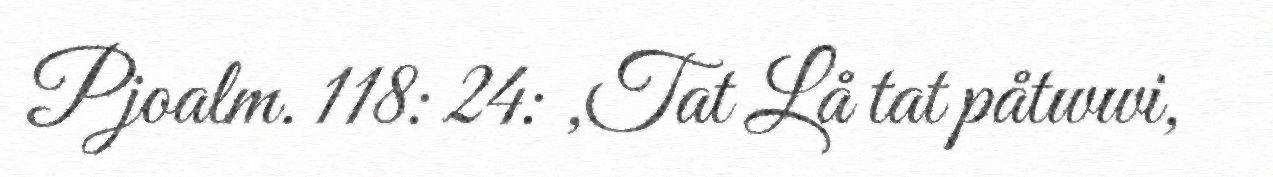
Pjoalm. 118: 24: ,Tat Lå tat påtwwi,